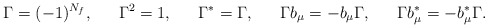
\begin{align*}\Gamma &= (-1)^{N_f} , & \Gamma^2 &= 1, & \Gamma^* &= \Gamma , & \Gamma b_\mu &= - b_\mu \Gamma , & \Gamma b_\mu^* &= - b_\mu^* \Gamma .\end{align*}